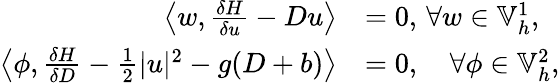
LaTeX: \begin{array}{rl}{\left\langle w,\frac{\delta H}{\delta u}-Du\right\rangle}&{=0,\, \forall w\in\mathbb{V}_{h}^{1},}\\ {\left\langle\phi,\frac{\delta H}{\delta D}-\frac{1}{2}|u|^{2}-g(D+b)\right\rangle}&{=0,\quad\forall\phi\in\mathbb{V}_{h}^{2},}\end{array}